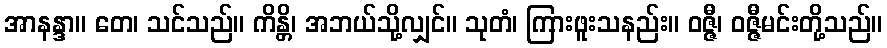
အာနန္ဒာ။ တေ၊ သင်သည်။ ကိန္တိ၊ အဘယ်သို့လျှင်။ သုတံ၊ ကြားဖူးသနည်း။ ဝဇ္ဇီ၊ ဝဇ္ဇီမင်းတို့သည်။